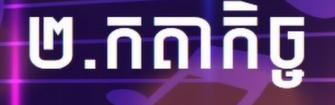
២.កតាកិច្ច